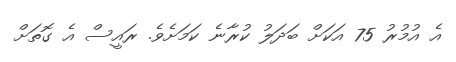
އެ އުމުރު 75 އަކަށް ބަދަލު ކުރާނެ ކަމަށެވެ. ރައީސް އެ ގޮތަށް